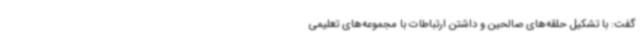
گفت: با تشکیل حلقه‌های صالحین و داشتن ارتباطات با مجموعه‌های تعلیمی